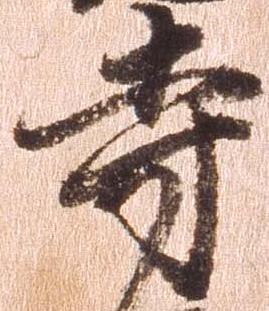
寺